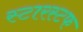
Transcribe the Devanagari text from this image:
स्टारस्टफ